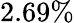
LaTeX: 2.69\%